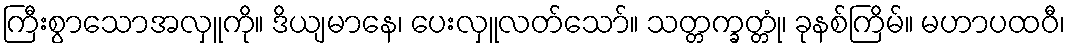
ကြီးစွာသောအလှူကို။ ဒိယျမာနေ၊ ပေးလှူလတ်သော်။ သတ္တက္ခတ္တုံ၊ ခုနစ်ကြိမ်။ မဟာပထဝီ၊